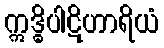
ဣဒ္ဓိပါဋိဟာရိယံ